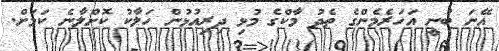
އޭނަ ބުނީ އަހަރެމެންގެ ތެދު މާކްގެ މުޅި ދިރިއުޅުން ހަލާކު ކޮށްލާނެ ކަމަށް.